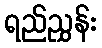
ရည်ညွှန်း